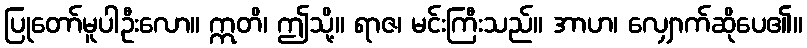
ပြုတော်မူပါဦးလော။ ဣတိ၊ ဤသို့။ ရာဇ၊ မင်းကြီးသည်။ အာဟ၊ လျှောက်ဆိုပေ၏။